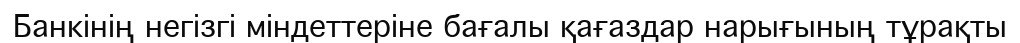
Банкінің негізгі міндеттеріне бағалы қағаздар нарығының тұрақты